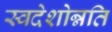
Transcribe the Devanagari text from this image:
स्वदेशोन्नति